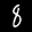
Label: 8